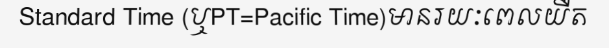
Standard Time (ឬPT=Pacific Time)មានរយៈពេលយឺត